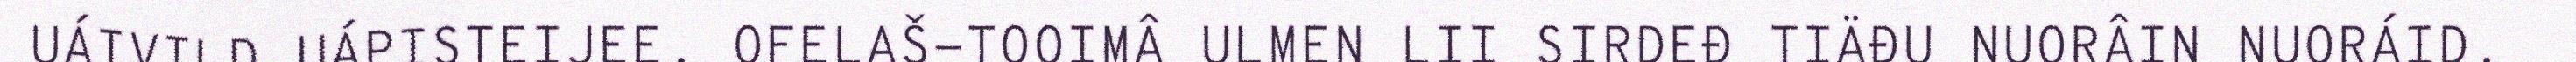
UÁIVILD UÁPISTEIJEE. OFELAŠ-TOOIMÂ ULMEN LII SIRDEĐ TIÄĐU NUORÂIN NUORÁID.